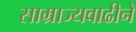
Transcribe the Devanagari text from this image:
साम्राज्यवाढीने